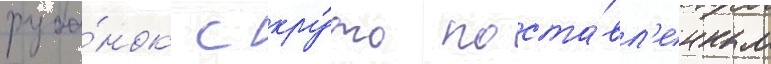
руба́нок с кру́то поста́вл'енным